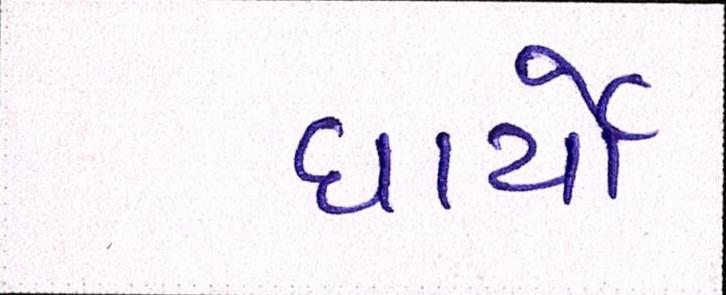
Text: ધાર્યો